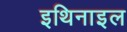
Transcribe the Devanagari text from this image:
इथिनाइल